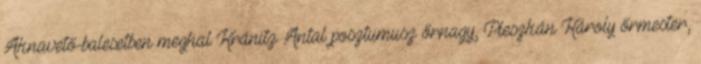
Aknavető-balesetben meghal Kránitz Antal posztumusz őrnagy, Pleszkán Károly őrmester,